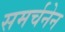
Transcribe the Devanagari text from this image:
समर्चनेन